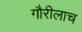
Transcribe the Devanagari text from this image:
गौरीलाच